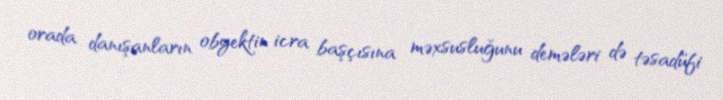
orada danışanların obyektin icra başçısına məxsusluğunu demələri də təsadüfi